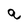
Character: q